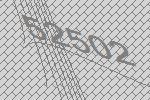
52502